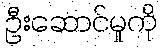
ဦးဆောင်မှုကို